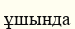
ұшында